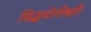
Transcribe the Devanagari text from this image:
सिद्धयोगीश्वरी